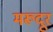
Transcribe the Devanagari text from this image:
मरूदूर